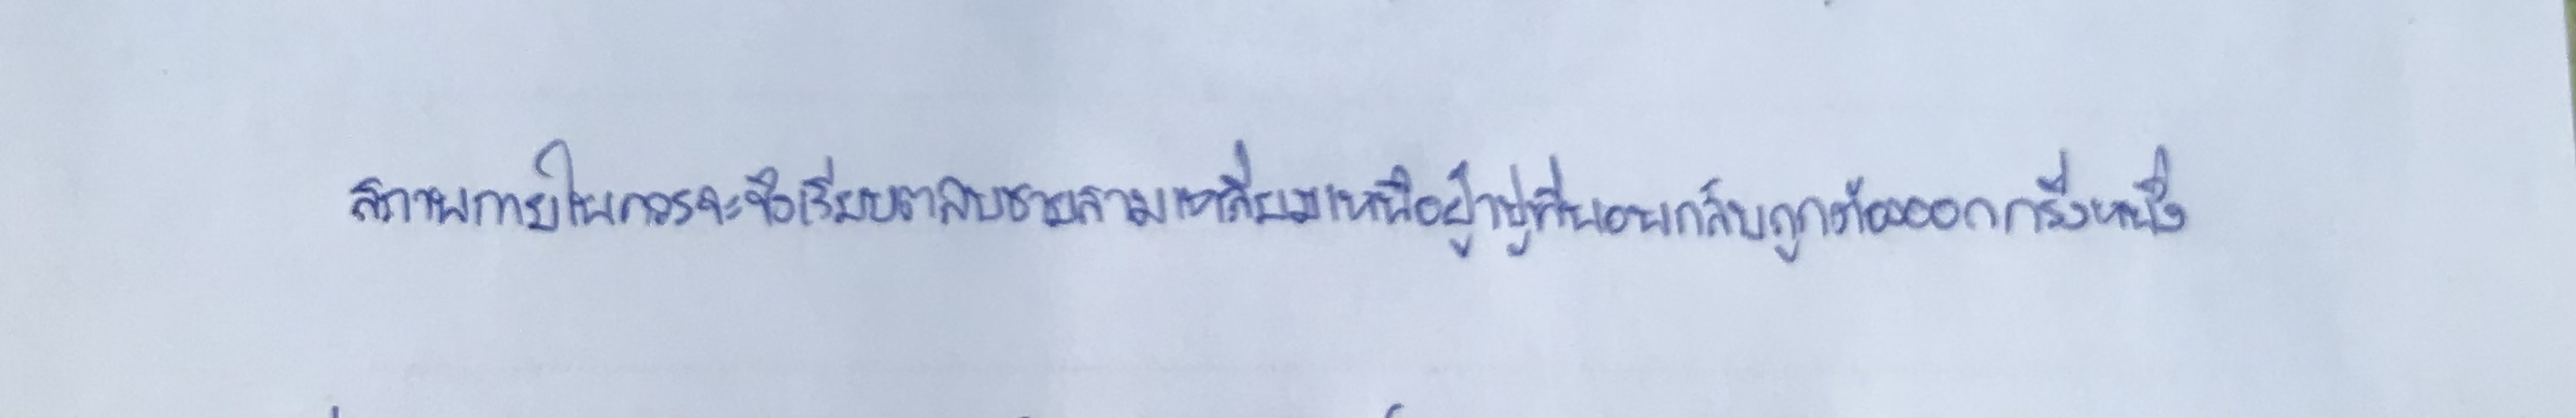
สภาพภายในควรจะขึงเรียบตลบชายสามเหลี่ยมเหนือผ้าปูที่นอนกลับถูกต้องออกครึ่งหนึ่ง